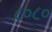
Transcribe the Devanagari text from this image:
८०८०